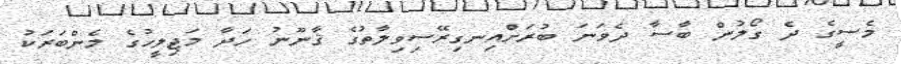
މެސީގެ ދެ ގޯލުން ބާސާ ދެވަނަ ބުރަށްއިނގިރޭސިވިލާތުގެ ޤާނޫނު ހަދާ މަޖިލީހުގެ މެންބަރަކު